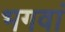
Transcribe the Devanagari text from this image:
भगवां